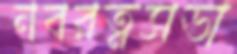
নবরত্নসভা